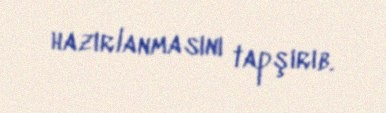
hazırlanmasını tapşırıb.